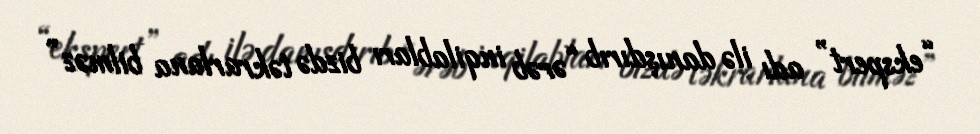
“ekspert” adı ilə danışdırıb “ərəb inqilabları bizdə təkrarlana bilməz”